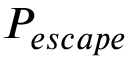
P _ { e s c a p e }